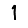
Digit: 1